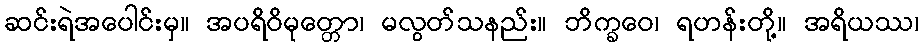
ဆင်းရဲအပေါင်းမှ။ အပရိဝိမုတ္တော၊ မလွတ်သနည်း။ ဘိက္ခဝေ၊ ရဟန်းတို့။ အရိယဿ၊